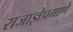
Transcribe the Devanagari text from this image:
राजाज्ञेप्रमाणे